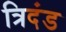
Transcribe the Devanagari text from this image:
त्रिदंड